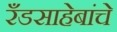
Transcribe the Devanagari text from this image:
रँडसाहेबांचे